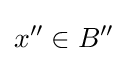
x^{\prime \prime }\in B^{\prime \prime }